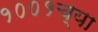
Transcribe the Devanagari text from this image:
१००१च्या